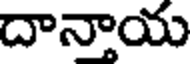
దానాయ